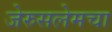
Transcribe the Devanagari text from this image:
जेरुसलेमचा